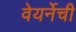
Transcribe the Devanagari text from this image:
वेयर्नेची